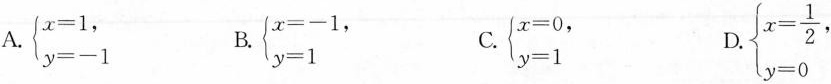
A. $$\left\{ \begin{matrix} x=0, \\ y=-1 \end{matrix} \right. $$B. $$\left\{ \begin{matrix} x=-1, \\ y=1 \end{matrix} \right. $$C. $$\left\{ \begin{matrix} x=0, \\ y=1 \end{matrix} \right. $$ D. $$\left\{ \begin{matrix} x=frac{1}{2}, \\ y=0 \end{matrix} \right.$$